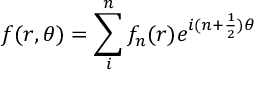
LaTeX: \displaystyle f ( r , \theta ) = \sum _ { i } ^ { n } { f _ { n } ( r ) e ^ { i ( n + \frac { 1 } { 2 } ) \theta } }